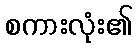
စကားလုံး၏